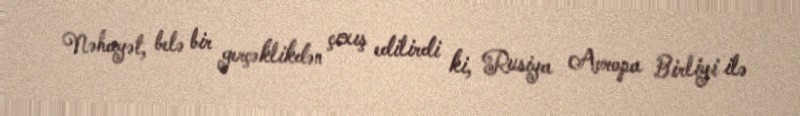
Nəhayət, belə bir gerçəklikdən çıxış edilirdi ki, Rusiya Avropa Birliyi ilə